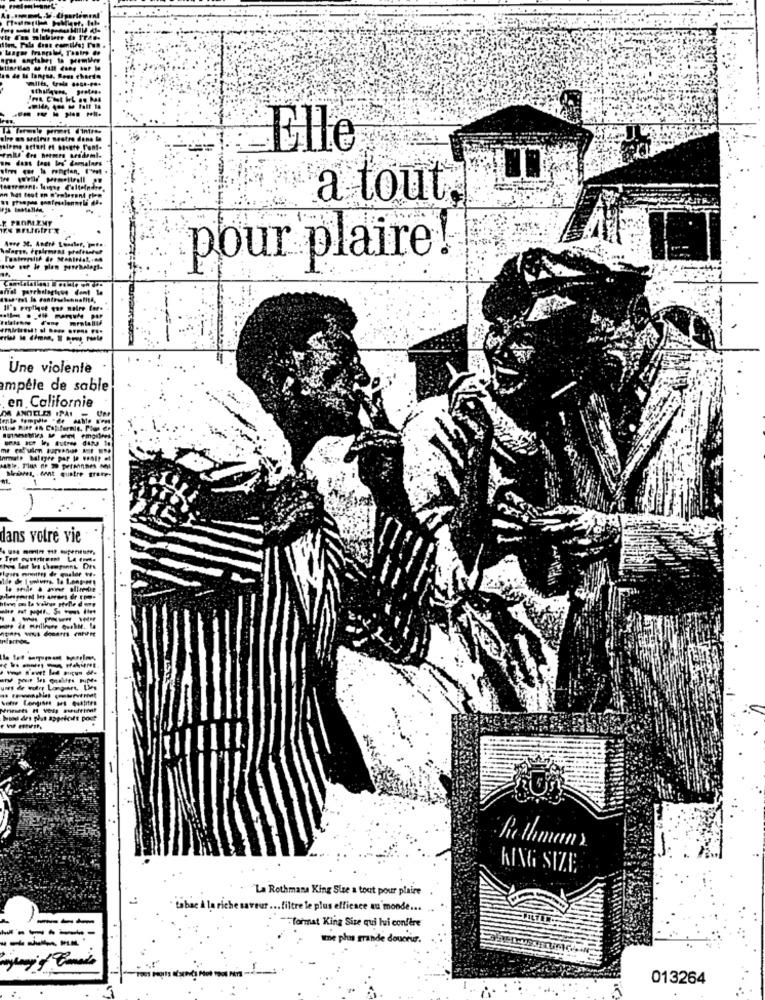
tre dans le
Elle
dans tous las Camalars
a tout.
Y PROMEMY
pour plaire!
-- ----
Une violente
ampele de sable
en Californie
DA ANGELES IPAC
------
miBEre
-
dans votre vie
Mrimets H Vols awuftint
Mund drs pout appetit pour
Rothmans
KING SIZE
. La Rothmans King Size a tout pour plaire
a riche saveur ... filtre le plus efficace au monde ...
"format King Size qui lui confère
-----
Ime phas grande douceur.
013264